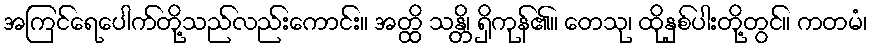
အကြင်ရေပေါက်တို့သည်လည်းကောင်း။ အတ္ထိ သန္တိ၊ ရှိကုန်၏။ တေသု၊ ထိုနှစ်ပါးတို့တွင်။ ကတမံ၊